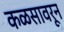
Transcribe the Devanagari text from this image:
कळसावरून